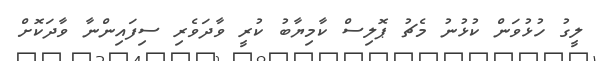
ލީގު ހުޅުވަން ކުޅުނު މެޗު ޕޮލިސް ކާމިޔާބު ކުރީ ވާދަވެރި ސިފައިންނާ ވާދަކޮށް